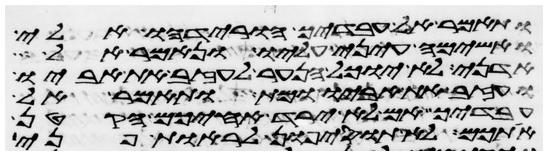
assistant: ותאמר אל עבדיך הורידהו אלי
ואשימה עיני עליו ונאמר אל
אדני לא יוכל הנער לעזב את אביו
ועזב את אביו ומת ותאמר אל
עבדיך אם לא ירד אחיכם הקטן
אתכם לא תוסיפון לראות פני